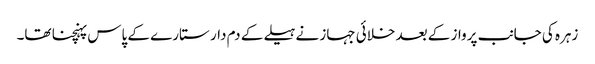
زہرہ کی جانب پرواز کے بعد خلائی جہاز نے ہیلے کے دم دار ستارے کے پاس پہنچنا تھا۔